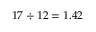
1 7 \div 1 2 = 1 . 4 2